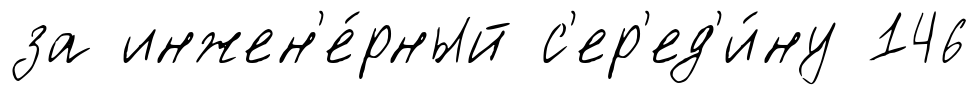
за инжен'е́рный с'ер'ед'и́ну 146